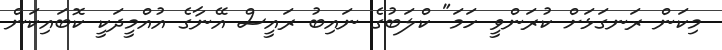
މިކަން ރަނގަޅަށް ކުރަންވީ ހަމަ" ކްލަބުގެ ނައިބު ރައީސް އޭނާގެ އުއްމީދަކީ ކޮބައިކަން